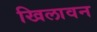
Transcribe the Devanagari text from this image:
खिलावन